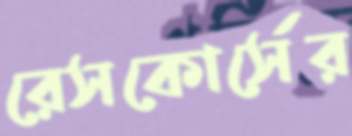
রেসকোর্সের